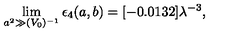
\lim _ { a ^ { 2 } \gg ( V _ { 0 } ) ^ { - 1 } } \epsilon _ { 4 } ( a , b ) = [ - 0 . 0 1 3 2 ] \lambda ^ { - 3 } ,